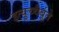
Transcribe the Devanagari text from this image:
इत्युच्चैर्बूते